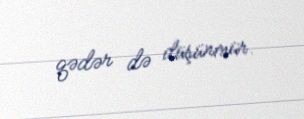
qədər də düşünmür.